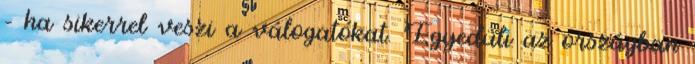
– ha sikerrel veszi a válogatókat. Egyedüli az országban